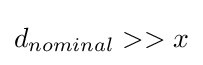
d_{nominal}>>x